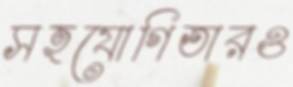
সহযোগিতারও